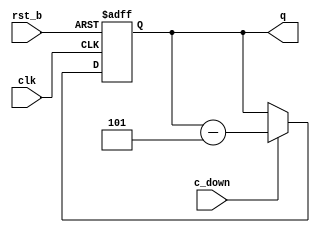
module dcount5 # (
    parameter w = 32,
    parameter iv = 0
)(
    input clk, rst_b, c_down,
    output reg [w-1:0] q
);
    always @ (posedge clk, negedge rst_b)
        if(! rst_b)
            q <= iv;
        else if (c_down)
            q <= q - 5; 
endmodule

module dcount5_tb(
    output reg clk, rst_b, c_down,
    output wire [7:0] q
);
    dcount5 # (.w(8), .iv(100)) dut(
        .clk(clk), .rst_b(rst_b), .c_down(c_down), .q(q)
    );

    localparam CLK_PERIOD = 200;
    localparam CLK_CYCLES = 6;
    initial begin
        clk = 0;
        repeat(2*CLK_CYCLES)
            # (CLK_PERIOD/2) clk = 1 - clk;
    end

    localparam RST_PULSE = 0;
    initial begin
        rst_b = 0;
        # (RST_PULSE) rst_b = 1;
    end
    initial begin
        c_down = 1;
        #(1*CLK_PERIOD) c_down = 0;
        #(1*CLK_PERIOD) c_down = 1;
    end
endmodule